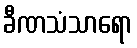
ခီဏသံသာရော